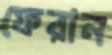
ফেরান